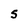
Character: S